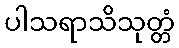
ပါသရာသိသုတ္တံ